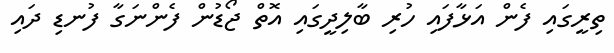
ތިރީގައި ފެން އަޅާފައި ހުރި ބާލިދީގައި އޮތް ޖޯޑުން ފެންނަގާ ފުނޑި ދައި